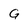
Character: G